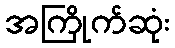
အကြိုက်ဆုံး